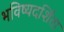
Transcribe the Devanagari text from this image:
भविष्यदर्शिता